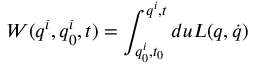
W ( q ^ { i } , q _ { 0 } ^ { i } , t ) = \int _ { q _ { 0 } ^ { i } , t _ { 0 } } ^ { q ^ { i } , t } d u L ( q , \dot { q } )